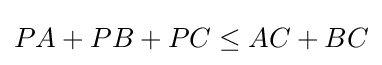
PA+PB+PC\leq AC+BC